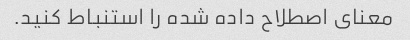
معنای اصطلاح داده شده را استنباط کنید.